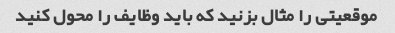
موقعیتی را مثال بزنید که باید وظایف را محول کنید